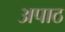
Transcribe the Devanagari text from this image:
अपाठ